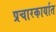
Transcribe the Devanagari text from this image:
प्रचारकार्यात